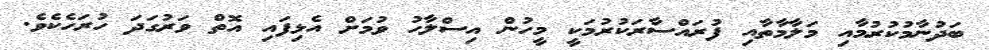
ބަދުނާމުކުރުމާއި މަލާމާތާއި ފުރައްސާރަކުރުމަކީ މީހުން އިސްލާހު ވުމަށް އެޅިފައި އޮތް ވަރުގަދަ ހުރަހެކެވެ.